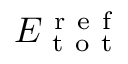
E _ { \mathrm { ~ t ~ o ~ t ~ } } ^ { \mathrm { ~ r ~ e ~ f ~ } }